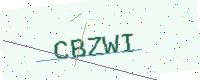
Text: CBZWI